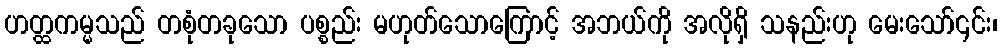
ဟတ္ထကမ္မသည် တစုံတခုသော ပစ္စည်း မဟုတ်သောကြောင့် အဘယ်ကို အလိုရှိ သနည်းဟု မေးသော်၎င်း၊